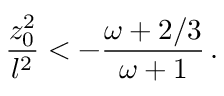
{ \frac { z _ { 0 } ^ { 2 } } { l ^ { 2 } } } < - { \frac { \omega + 2 / 3 } { \omega + 1 } } \, .